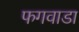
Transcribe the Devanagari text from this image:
फगवाडा